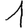
Digit: 1